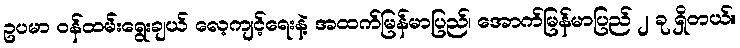
ဥပမာ ဝန်ထမ်းရွေးချယ် လေ့ကျင့်ရေးနဲ့ အထက်မြန်မာပြည်၊ အောက်မြန်မာပြည် ၂ ခု ရှိတယ်။